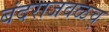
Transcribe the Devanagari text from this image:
बंदराजवळच्